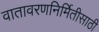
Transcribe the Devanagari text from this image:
वातावरणनिर्मितीसाठी